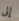
إلى